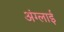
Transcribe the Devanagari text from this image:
अंग्लाई